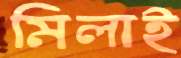
মিলাই